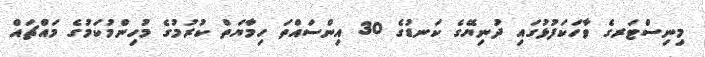
މިނިސްޓަރގެ ވާހަކަފުޅުގައި ދުނިޔޭގެ ކަނޑުގެ 30 އިންސައްތަ ހިމާޔަތް ކުރުމުގެ މުހިންމުކަމުގެ މައްޗައް